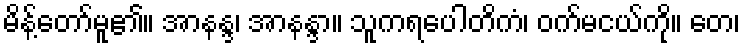
မိန့်တော်မူ၏။ အာနန္ဒ၊ အာနန္ဒာ။ သူကရပေါတိကံ၊ ဝက်မငယ်ကို။ တေ၊